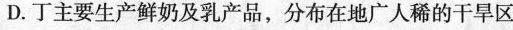
D.丁主要生产鲜奶及乳产品，分布在地广人稀的干旱区